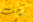
زحف